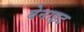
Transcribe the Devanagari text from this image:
बेनाइट